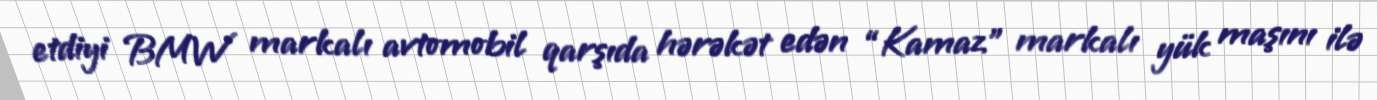
etdiyi BMW markalı avtomobil qarşıda hərəkət edən “Kamaz” markalı yük maşını ilə